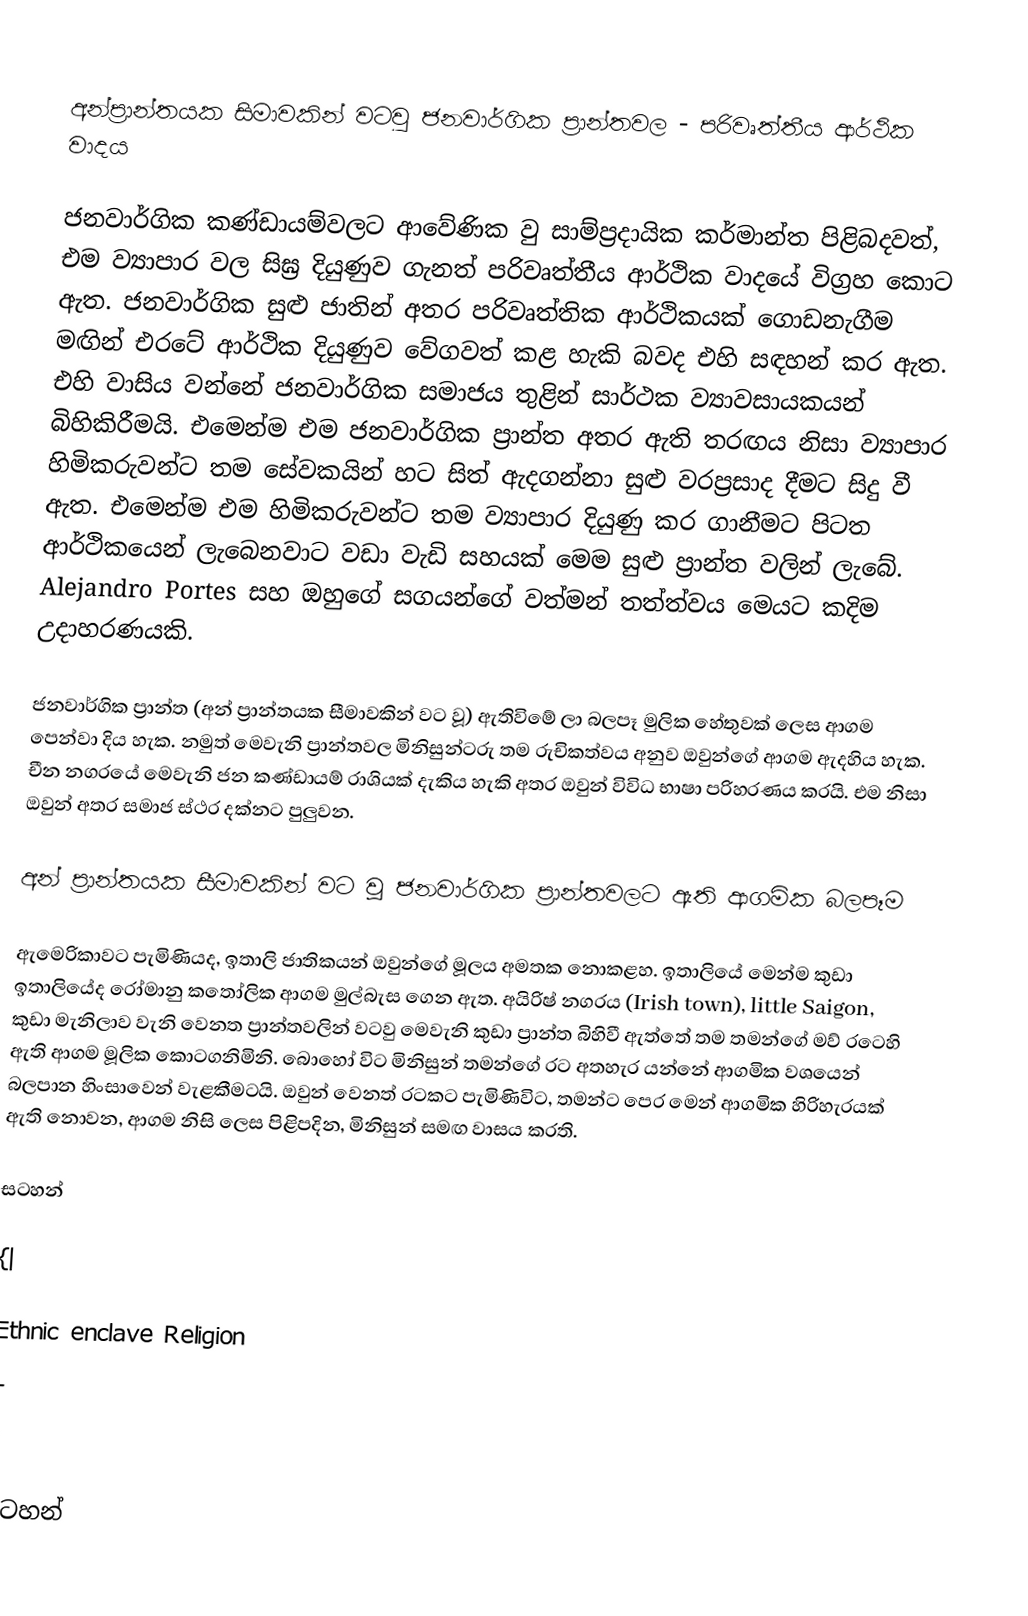

අන්ප්‍රාන්තයක සිමාවකින් වටවු ජනවාර්ගික ප්‍රාන්තවල - පරිවෘත්තීය ආර්ථික වාදය

ජනවාර්ගික කණ්ඩායම්වලට ආවේණික වු සාම්ප්‍රදායික කර්මාන්ත පිළිබදවත්, එම ව්‍යාපාර වල සිඝ්‍ර දියුණුව ගැනත් පරිවෘත්තීය ආර්ථික වාදයේ විග්‍රහ කොට ඇත. ජනවාර්ගික සුළු ජාතින් අතර පරිවෘත්තික ආර්ථිකයක් ගොඩනැගීම  මඟින් එරටේ ආර්ථික දියුණුව වේගවත් කළ හැකි බවද එහි සඳහන් කර ඇත. එහි වාසිය වන්නේ ජනවාර්ගික සමාජය තුළින් සාර්ථක ව්‍යාවසායකයන්  බිහිකිරීමයි. එමෙන්ම එම ජනවාර්ගික ප්‍රාන්ත අතර ඇති තරඟය නිසා ව්‍යාපාර හිමිකරුවන්ට තම සේවකයින් හට  සිත් ඇදගන්නා සුළු වරප්‍රසාද දීමට සිදු වී ඇත. එමෙන්ම එම හිමිකරුවන්ට තම ව්‍යාපාර දියුණු කර ගානීමට පිටත ආර්ථිකයෙන් ලැබෙනවාට වඩා වැඩි සහයක් මෙම සුළු ප්‍රාන්ත වලින්  ලැබේ. Alejandro Portes සහ ඔහු‍ගේ සගයන්ගේ වත්මන් තත්ත්වය මෙයට කදිම උදාහරණයකි.

ජනවාර්ගික ප්‍රාන්ත (අන් ප්‍රාන්තයක සීමාවකින් වට වූ) ඇතිවිමේ ලා බලපෑ මුලික හේතුවක් ලෙස ආගම පෙන්වා දිය හැක. නමුත් මෙවැනි ප්‍රාන්තවල මිනිසුන්ටරු තම රුචිකත්වය අනුව ඔවුන්ගේ ආගම ඇදහිය හැක. චීන නගරයේ මෙවැනි ජන කණ්ඩායම් රාශියක් දැකිය හැකි අතර ඔවුන් විවිධ භාෂා පරිහරණය කරයි. එම නිසා ඔවුන් අතර සමාජ ස්ථර දක්නට පුලුවන.

අන් ප්‍රාන්තයක සීමාවකින් වට වූ ජනවාර්ගික ප්‍රාන්තවලට ඇති ආගමික බලපෑම

ඇමෙරිකාවට පැමිණියද, ඉතාලි ජාතිකයන් ඔවුන්ගේ මූලය අමතක නොකළහ. ඉතාලියේ  මෙන්ම කුඩා ඉතාලියේද රෝමානු කතෝලික ආගම මුල්බැස ගෙන ඇත. අයිරිෂ් නගරය (Irish town), little Saigon,  කුඩා මැනිලාව වැනි වෙනත ප්‍රාන්තවලින් වටවු මෙවැනි කුඩා ප්‍රාන්ත බිහිවී ඇත්තේ තම තමන්ගේ මව් රටෙහි ඇති ආගම මූලික කොටගනිමිනි. බොහෝ විට මිනිසුන් තමන්ගේ රට අතහැර යන්නේ ආගමික වශයෙන් බලපාන හිංසාවෙන් වැළකීමටයි. ඔවුන් වෙනත් රටකට පැමිණිවිට, තමන්ට පෙර මෙන් ආගමික හිරිහැරයක් ඇති නොවන, ආගම නිසි ලෙස පිළිපදින, මිනිසුන් සමඟ වාසය කරති.

සටහන්

{|

|Ethnic enclave Religion
|-
{|

සටහන්